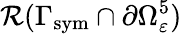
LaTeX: \mathcal{R}(\Gamma_{\mathrm{sym}}\cap\partial\Omega_{\varepsilon}^{5})